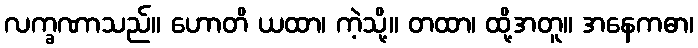
လက္ခဏာသည်။ ဟောတိ ယထာ၊ ကဲ့သို့။ တထာ၊ ထို့အတူ။ အနေကဓာ၊